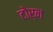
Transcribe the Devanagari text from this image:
टोर्न